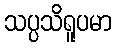
သပ္ပသိရူပမာ